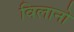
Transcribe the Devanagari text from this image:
विलानो